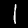
Label: 1